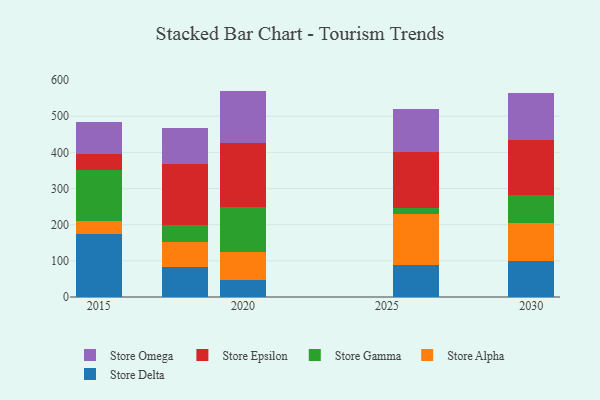
{"axis": {"x": "Year", "y": "Revenue (USD Million)"}, "legend": ["Store Alpha", "Store Delta", "Store Epsilon", "Store Gamma", "Store Omega"], "data": [{"x": "2030", "y": 100.3, "type": "Store Delta"}, {"x": "2030", "y": 103.7, "type": "Store Alpha"}, {"x": "2030", "y": 77.5, "type": "Store Gamma"}, {"x": "2030", "y": 154.0, "type": "Store Epsilon"}, {"x": "2030", "y": 130.0, "type": "Store Omega"}, {"x": "2015", "y": 174.1, "type": "Store Delta"}, {"x": "2015", "y": 35.1, "type": "Store Alpha"}, {"x": "2015", "y": 142.7, "type": "Store Gamma"}, {"x": "2015", "y": 43.8, "type": "Store Epsilon"}, {"x": "2015", "y": 87.7, "type": "Store Omega"}, {"x": "2020", "y": 47.7, "type": "Store Delta"}, {"x": "2020", "y": 77.3, "type": "Store Alpha"}, {"x": "2020", "y": 125.3, "type": "Store Gamma"}, {"x": "2020", "y": 176.1, "type": "Store Epsilon"}, {"x": "2020", "y": 143.8, "type": "Store Omega"}, {"x": "2018", "y": 82.3, "type": "Store Delta"}, {"x": "2018", "y": 68.9, "type": "Store Alpha"}, {"x": "2018", "y": 46.7, "type": "Store Gamma"}, {"x": "2018", "y": 170.0, "type": "Store Epsilon"}, {"x": "2018", "y": 100.6, "type": "Store Omega"}, {"x": "2026", "y": 88.0, "type": "Store Delta"}, {"x": "2026", "y": 142.9, "type": "Store Alpha"}, {"x": "2026", "y": 14.9, "type": "Store Gamma"}, {"x": "2026", "y": 155.7, "type": "Store Epsilon"}, {"x": "2026", "y": 118.9, "type": "Store Omega"}]}